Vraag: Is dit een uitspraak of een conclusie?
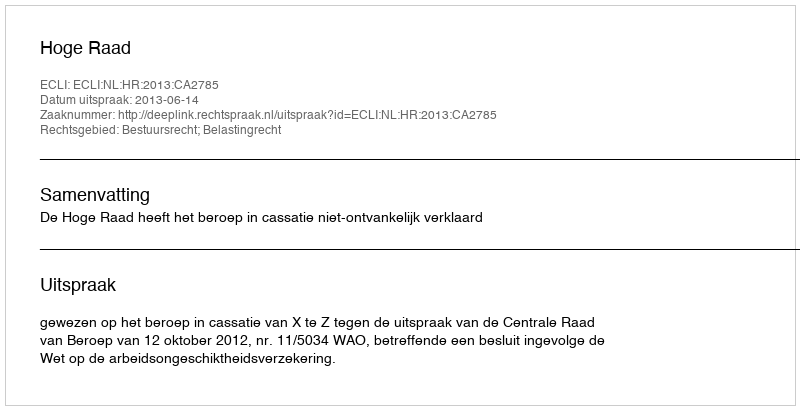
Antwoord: Uitspraak